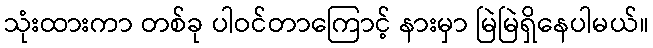
သုံးထားကာ တစ်ခု ပါဝင်တာကြောင့် နားမှာ မြဲမြဲရှိနေပါမယ်။